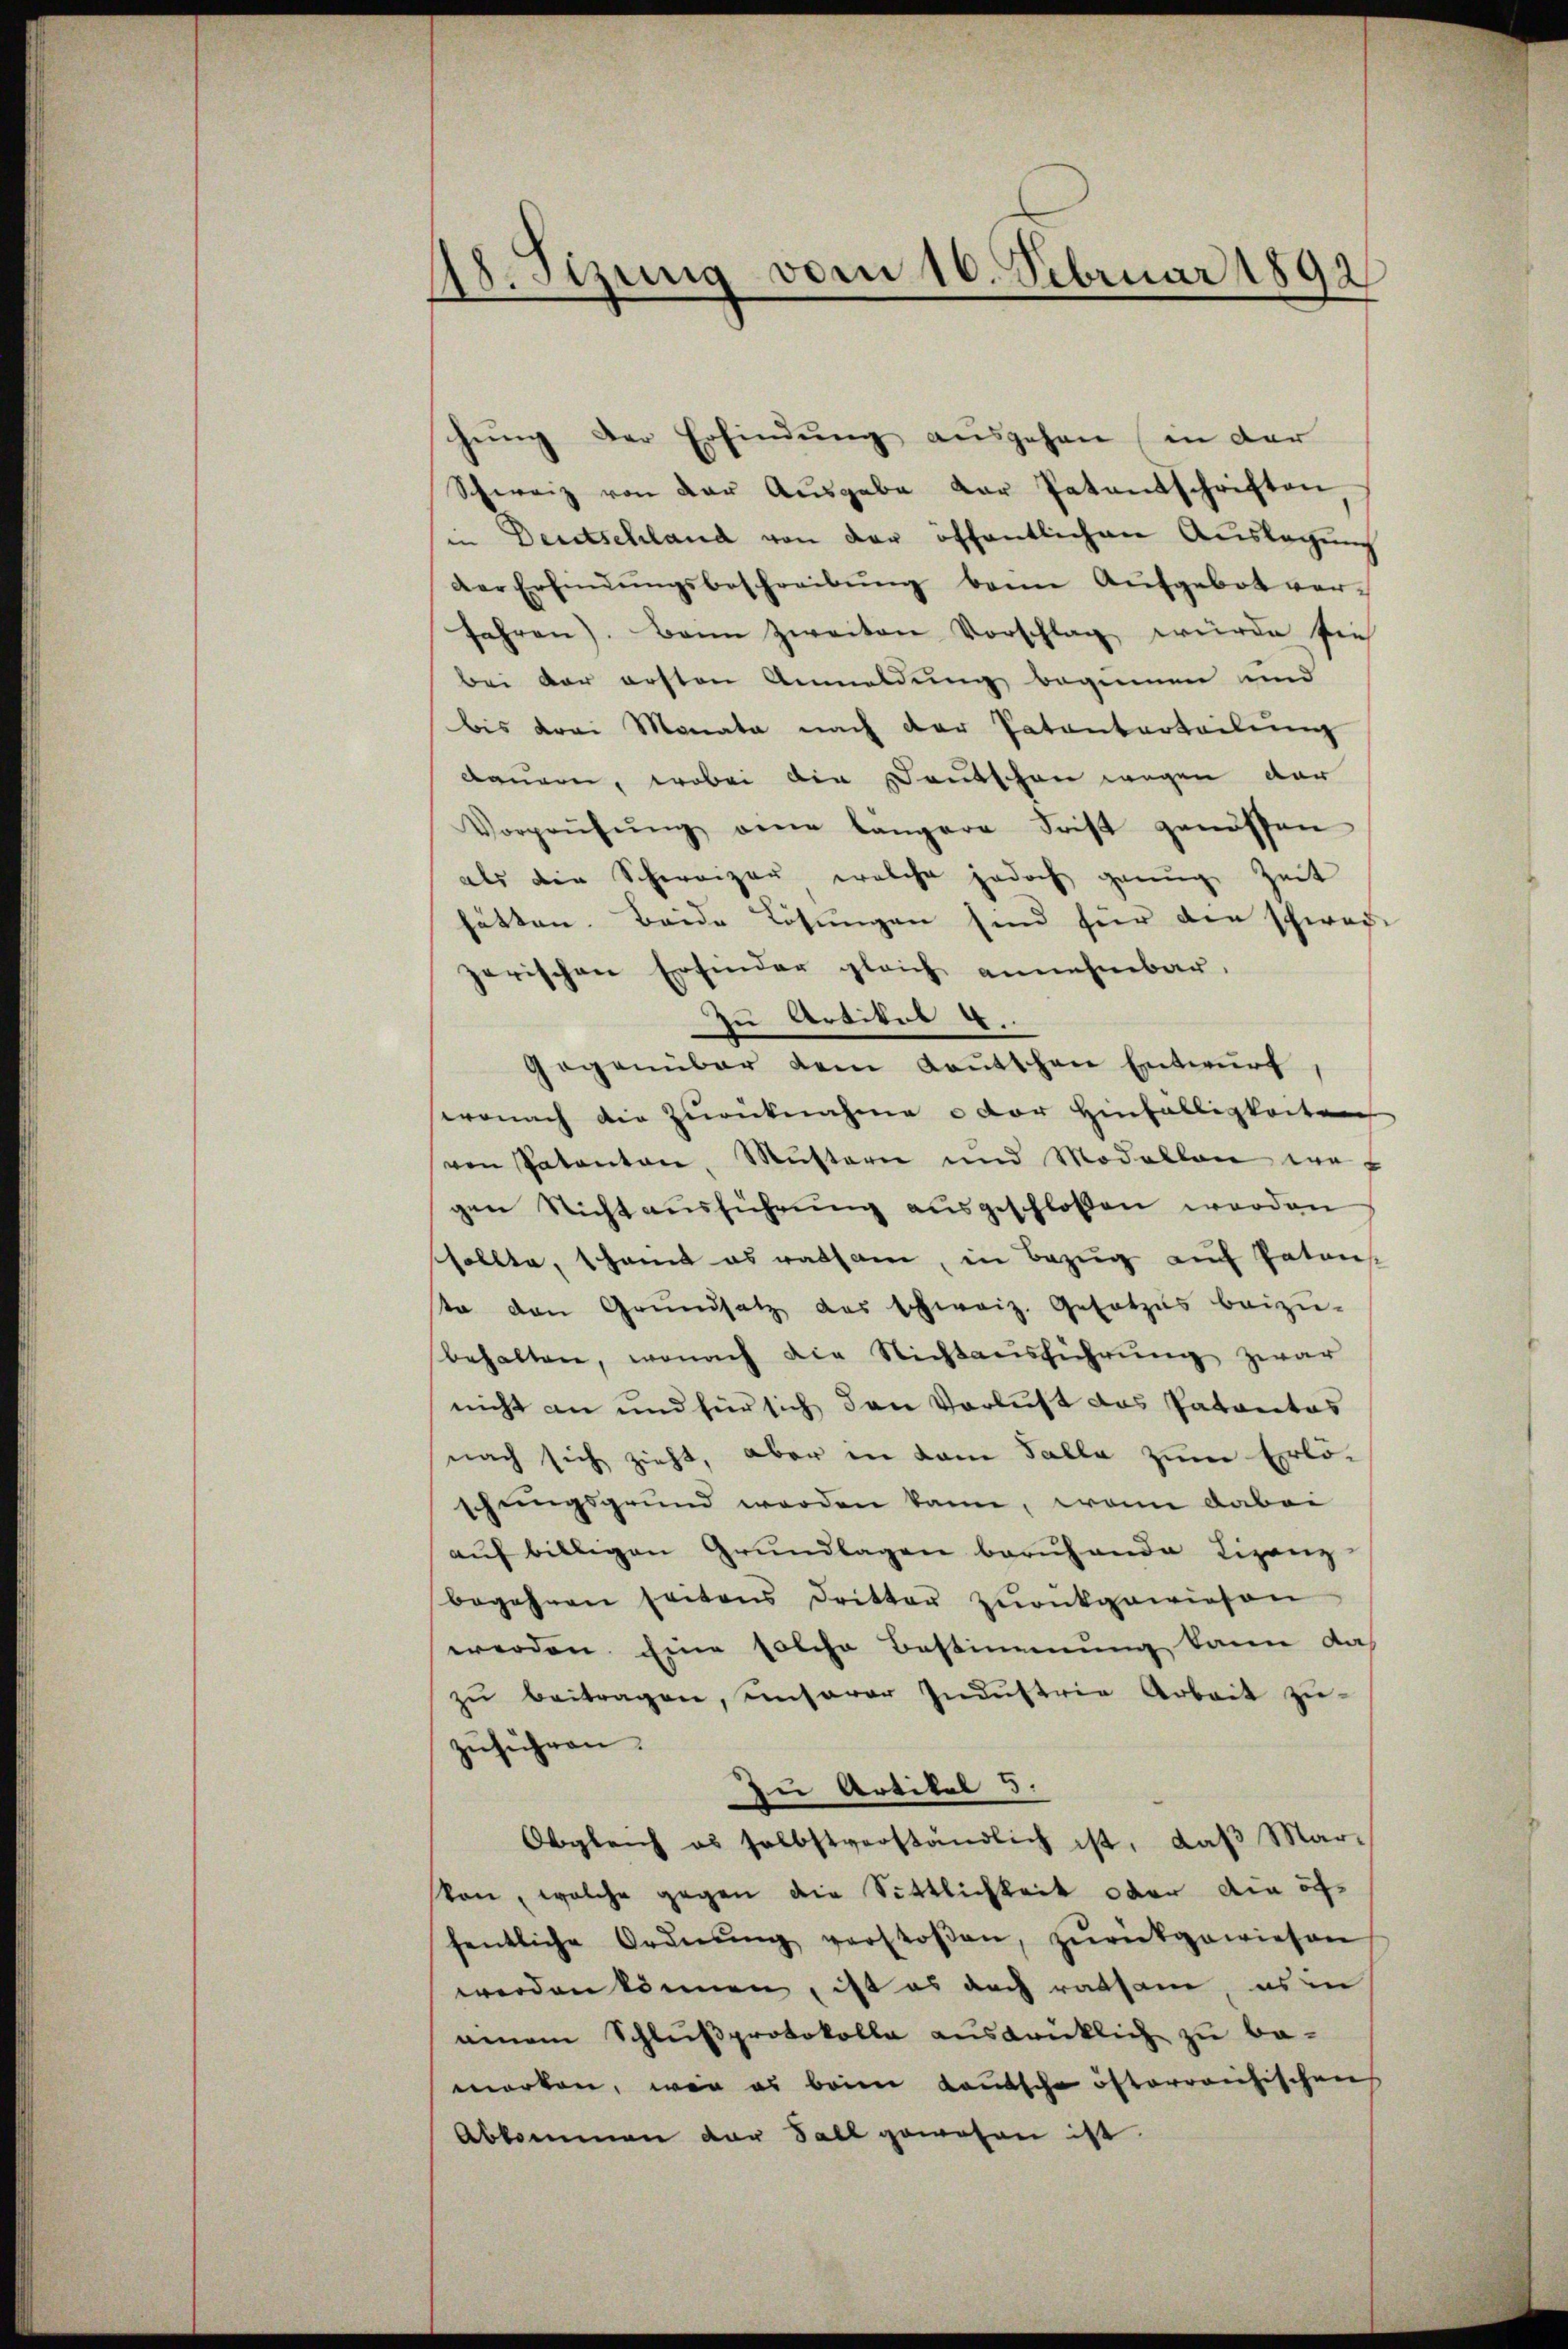
mitzung vom 16. Februar 1892
¬

hŭng der Erfindŭng ausgehen (in der
Schweiz von der Ausgabe der Patentschriften
in Deutschland von der öffentlichen Auslagung
der Erfindŭngsbeschreibŭng beim Aufgebot ver-
Jahren). Bann zweiten Vorschlag würde sie
bei der ersten Anmeldung beginnen und
bis drei Monata nach der Patenterteilung
dauern, wobei die Deutschen wegen dar
Vorprüfŭng eine längere Frist genossen
als die Schweizer, welche jedoch genug Zeit
hätten. Beide Lösungen sind für den schwach-
herischen Erfinder gleich annehmbar.
zu Artikel 4.
Gegenüber dem Laŭttchen Entwŭrf,
wonach die Zurücknahme oder Hinfälligkeiten
von Patanton, Mustern und Modallen wer
gen Nichtausführŭng ausgeschlossen worden
sollte, schamt es ratsam, in Bezug auf Patons
ste den Grŭndsatz des schweiz. Gesetzes beizŭ-
behalten, wonach die Nichtausführŭng zwar
nicht an und für sich den Verlust das Pataretas
nach sich zieht, aber in dem Falle zum Erlö-
schungsgrund werden kann, wenn dabei
aŭf billigen Grŭndlagen berŭhande Liganz
begehren seitens dritter zŭrückgewiesen
werden. Eine solche Bestimmung kann das
zŭ beitragen, unserer Indŭstria Arbeit zŭ-
zŭführen.
zu Artikel 5.
Obgleich es selbstverständlich ist, daβ Mar-
kon, welche gegen die Sittlichkeit oder die öffentliche Ordnŭng verstoβen, zŭrückgewiesen
werden können, ist es auch ratsam, es in
neuem Schlußprotokolle ausdrücklich zu be-
morten, wenn es beim Lautsche öfterreichischens
Abkommen der Fall gewesen ist.